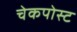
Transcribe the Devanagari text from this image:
चेकपोस्‍ट